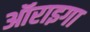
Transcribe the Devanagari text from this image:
ऑराइगा